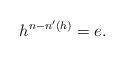
LaTeX: \begin{align*} h^{n-n'(h)}=e. \end{align*}